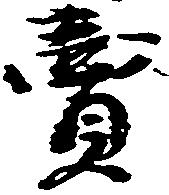
売